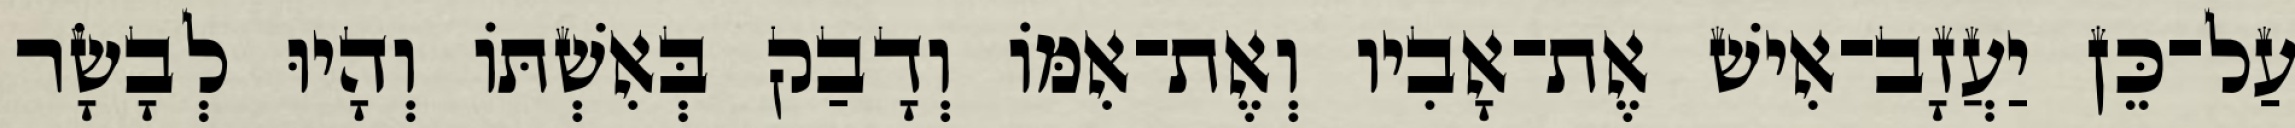
עַל־כֵּן יַעֲזָב־אִישׁ אֶת־אָבִיו וְאֶת־אִמֹּו וְדָבַק בְּאִשְׁתֹּו וְהָיוּ לְבָשָׂר